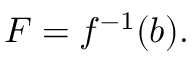
F = f ^ { - 1 } ( b ) .